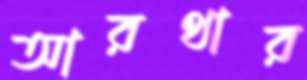
আরথার